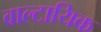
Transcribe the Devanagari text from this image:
वाल्टायिक